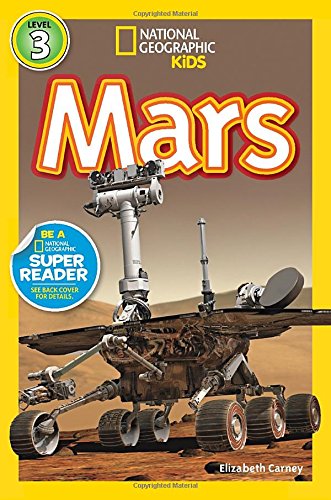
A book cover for National Geographic Readers: Mars; Elizabeth Carney; Children's Books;